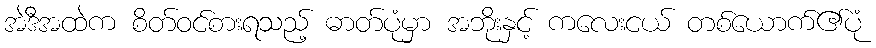
အဲဒီအထဲက စိတ်ဝင်စားရသည့် ဓာတ်ပုံမှာ အဘိုးနှင့် ကလေးငယ် တစ်ယောက်၏ပုံ